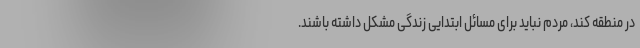
در منطقه کند، مردم نباید برای مسائل ابتدایی زندگی مشکل داشته باشند.